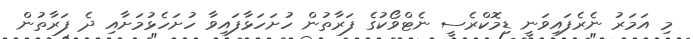
މި އަމަރު ނެރެފައިވަނީ ޑިމޮކްރެސީ ނެޓްވޯކުގެ ފަރާތުން ހުށަހަޅާފައިވާ ހުށަހެޅުމަށާއި ދެ ފަރާތުން